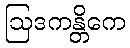
ဩဒကန္တိကေ